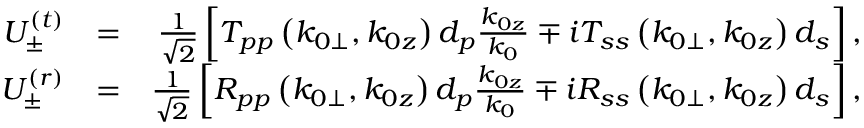
\begin{array} { r l r } { U _ { \pm } ^ { ( t ) } } & { = } & { \frac { 1 } { \sqrt { 2 } } \left[ T _ { p p } \left( k _ { 0 \perp } , k _ { 0 z } \right) d _ { p } \frac { k _ { 0 z } } { k _ { 0 } } \mp i T _ { s s } \left( k _ { 0 \perp } , k _ { 0 z } \right) d _ { s } \right] , } \\ { U _ { \pm } ^ { ( r ) } } & { = } & { \frac { 1 } { \sqrt { 2 } } \left[ R _ { p p } \left( k _ { 0 \perp } , k _ { 0 z } \right) d _ { p } \frac { k _ { 0 z } } { k _ { 0 } } \mp i R _ { s s } \left( k _ { 0 \perp } , k _ { 0 z } \right) d _ { s } \right] , } \end{array}